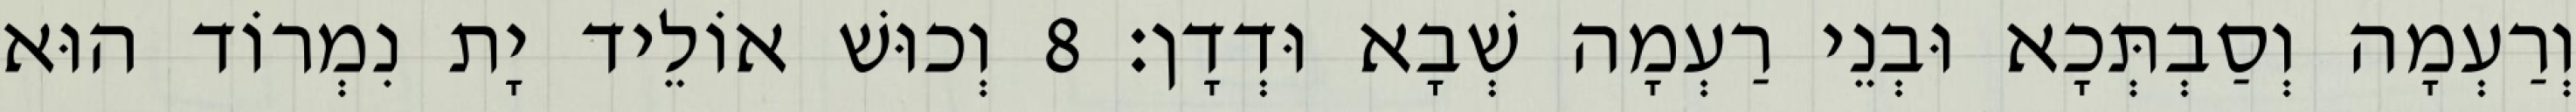
וְרַעְמָה וְסַבְתְּכָא וּבְנֵי רַעְמָה שְׁבָא וּדְדָן׃ 8 וְכוּשׁ אוֹלֵיד יָת נִמְרוֹד הוּא